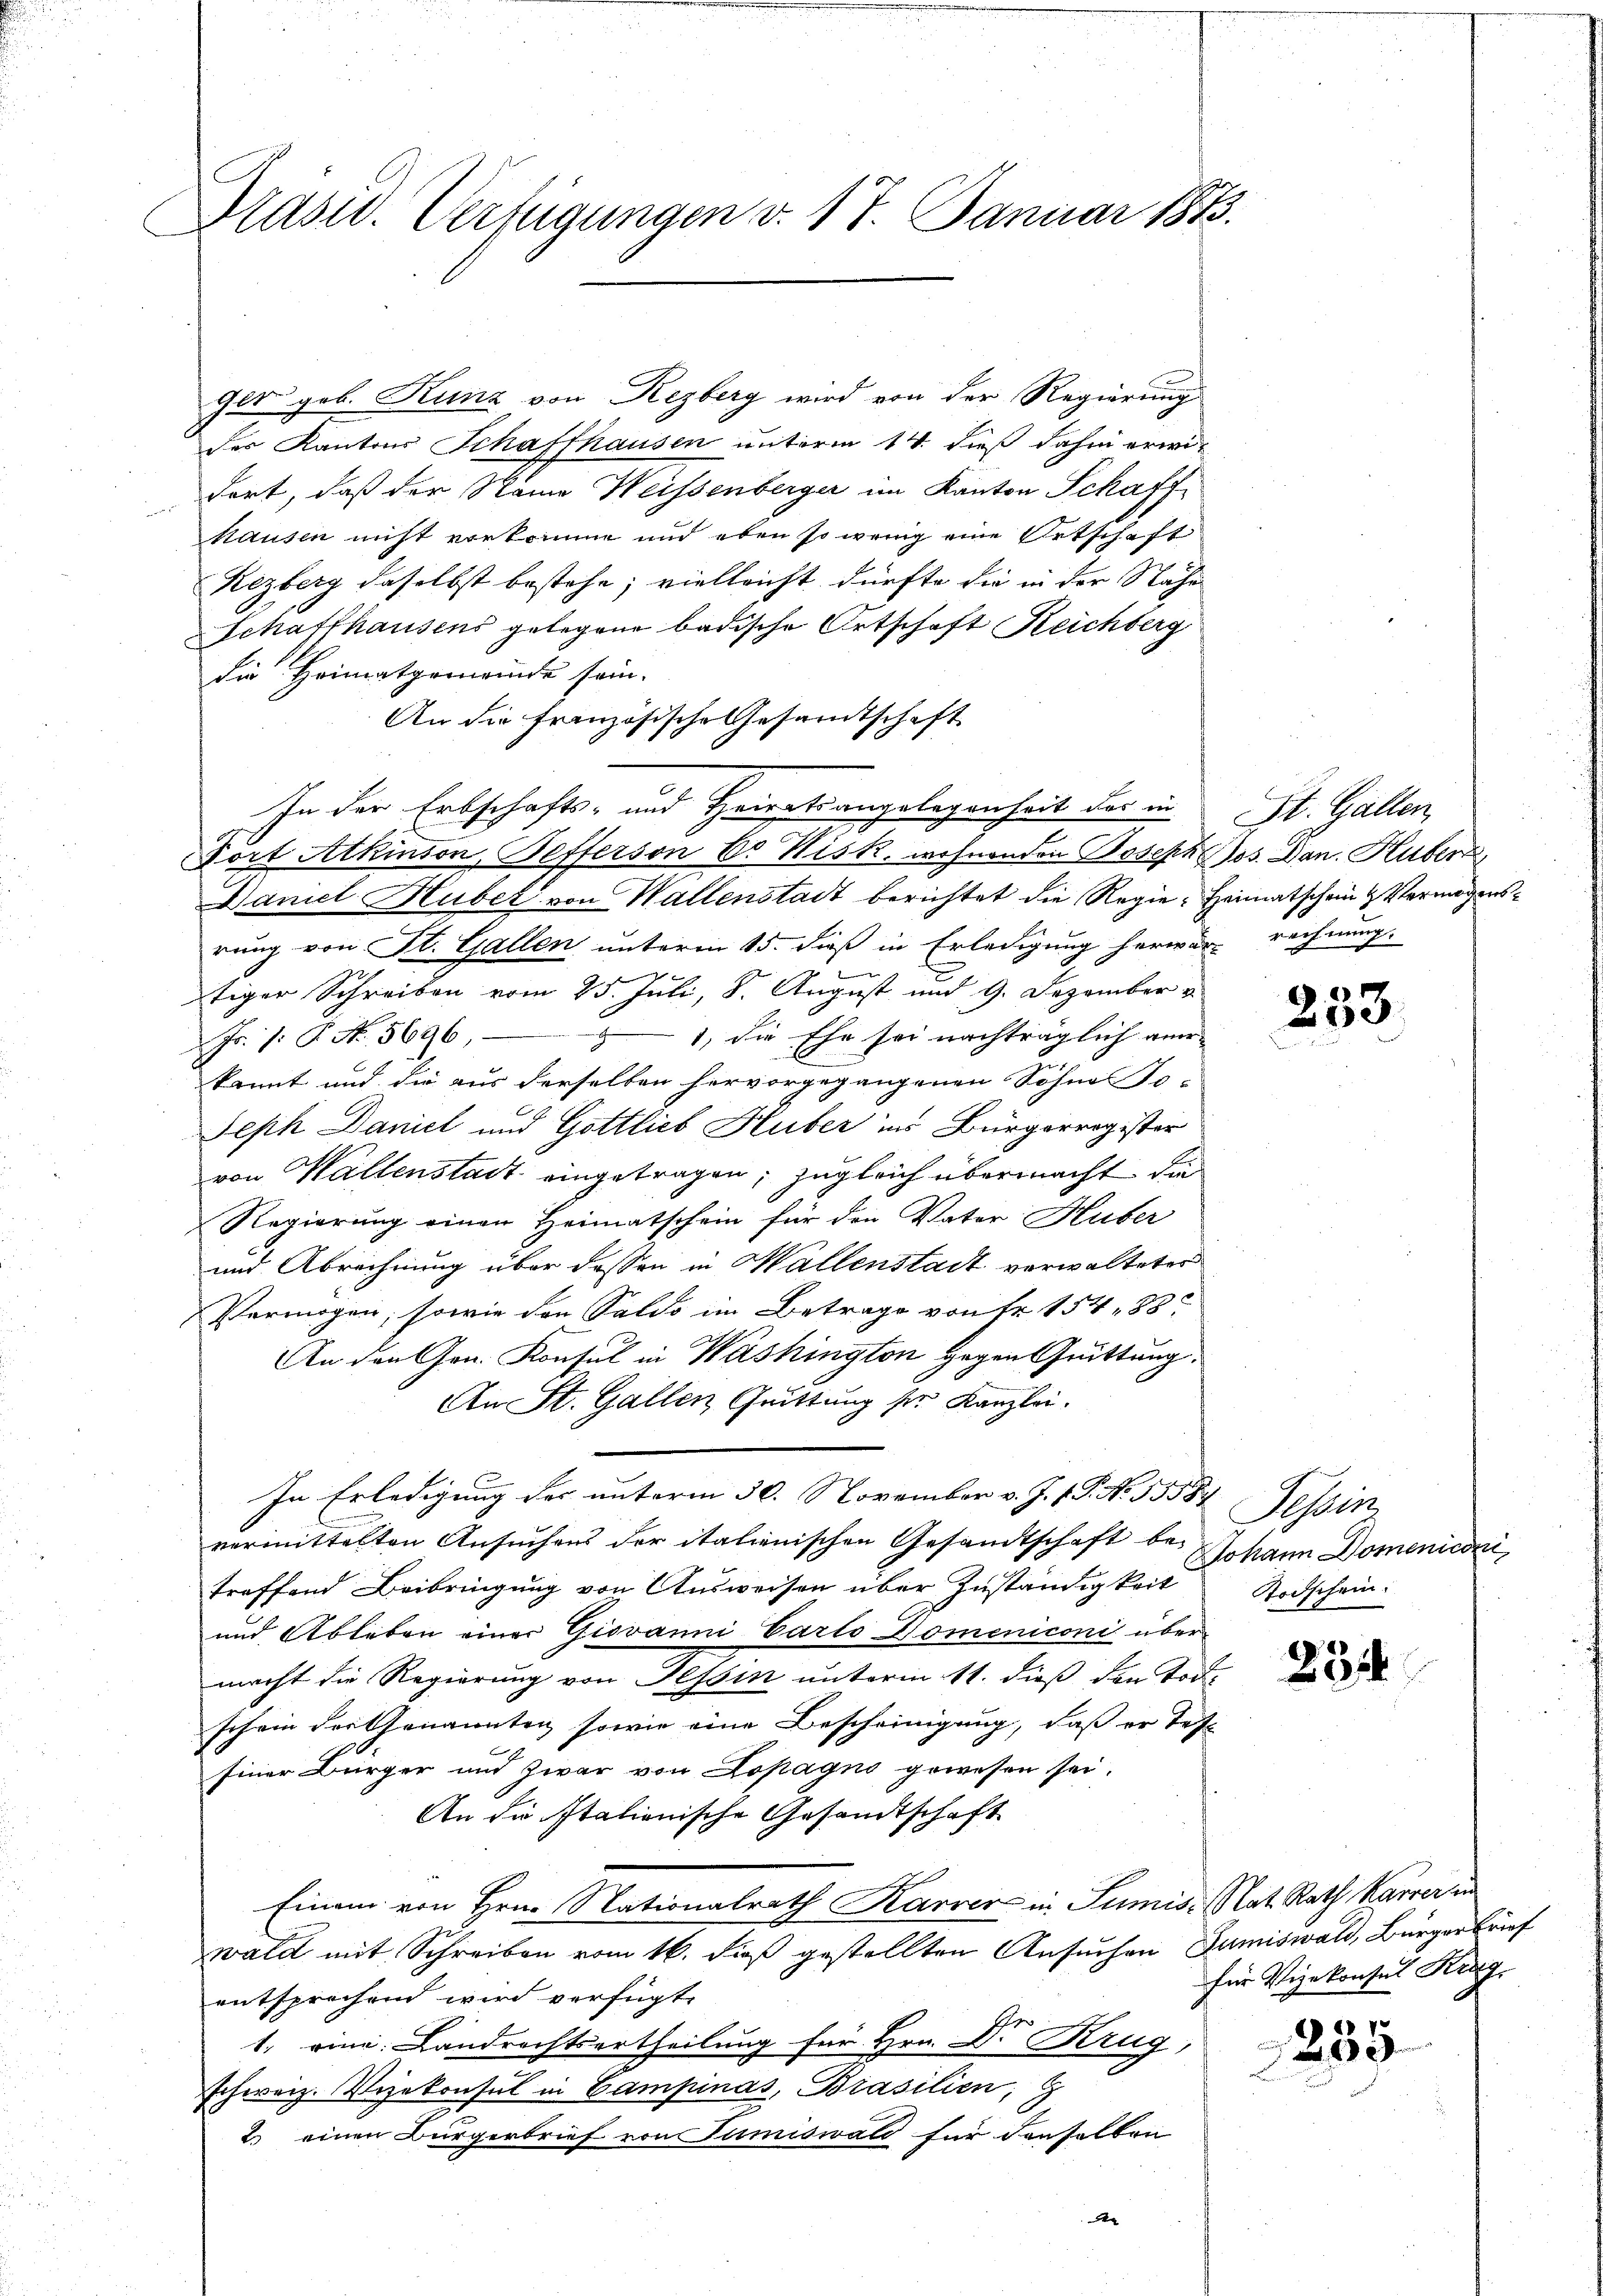
Drasw. Verfügungen v. 17. Januar 1873.

ger geb. Kunz von Rezberg wird von der Regierung
der Kantons Schaffhausen unterm 14. dieß dahin erwidort, daß der Name Weissenberger im Kanton Schaff
Hausen nicht vorkomme und eben so wenig eine Ortschaft
Rezberg daselbst bestehe; vielleicht dürfte die in der Nähe
Schaffhausens gelegene badische Ortschaft Reichberg
Die Heimatgemeinde sein.
An die französische Gesamtschaft
In der Erbschafts- und Heiratsangelegenheit der in St. Gallen
Fort Atkinson, Befferson Cr Nisk. wohnenden Joseph Jos. Dan. Huber,
Daniel Huber von Wallenstadt berichtet die Regie-Heimatschein & Vermögensrung von St. Gallen unterm 15. dieß in Erledigung herwar- rechnung.
tiger Schreiben vom 25. Juli, 8. August und 9. Dezember
Js. 1. P. N. 5696, 1, die Ehe sei nachträglich am |
kannt und die aus derselben hervorgegangenen Söhne To-
Seph Daniel und Gottlieb Huber ins Bürgerregister
von Wallenstadt eingetragen; zugleich übermacht, die
Regierung einen Heimatschein für den Vater Huber
und Abrechnung über dessen in Hallenstadt verwaltetes
Vermögen, sowie den Saldo im Betrage von Fr. 154. 88.
An den Gen. Konsul in Washington gegen Quittung.
An St. Gallen Quittung der Kanzlei-
In Erledigung der unterm 30. November v. J. P.P. Nr. 1558. Tessin
vermittelten Ansuchens der italienischen Gesandtschaft bei Johann Domeniconi
treffend Beibringung von Ausweisen über Zuständigkeit
und Ableben einer Giovanni Carto Domeniconi über
macht die Regierung von Tessin unterm 11. dieß den Todschein der Genannten sowie eine Bescheinigung, daß er Tes
Einer Bürger und zwar von Dopagno gewesen sei.
An die Italionische Gesandtschaft
Einem von Hrn. Nationalrath Karrer in Sumis. Nat. Rath Karrer in
wald mit Schreiben vom 16. dieß gestellten Ansuchen Zumiswald, Bürger Brief
entsprechend wird verfügt:
1. eine: Landrechtsurtheilung für Hrn. Dr. Krug,
schweiz. Vizekonsul in Campinas, Brasilien,
2. einen Bürgerbrief von Tumiswald für denselben
A

253

Stodschein:

251

für Vizekonsul Krag.

235